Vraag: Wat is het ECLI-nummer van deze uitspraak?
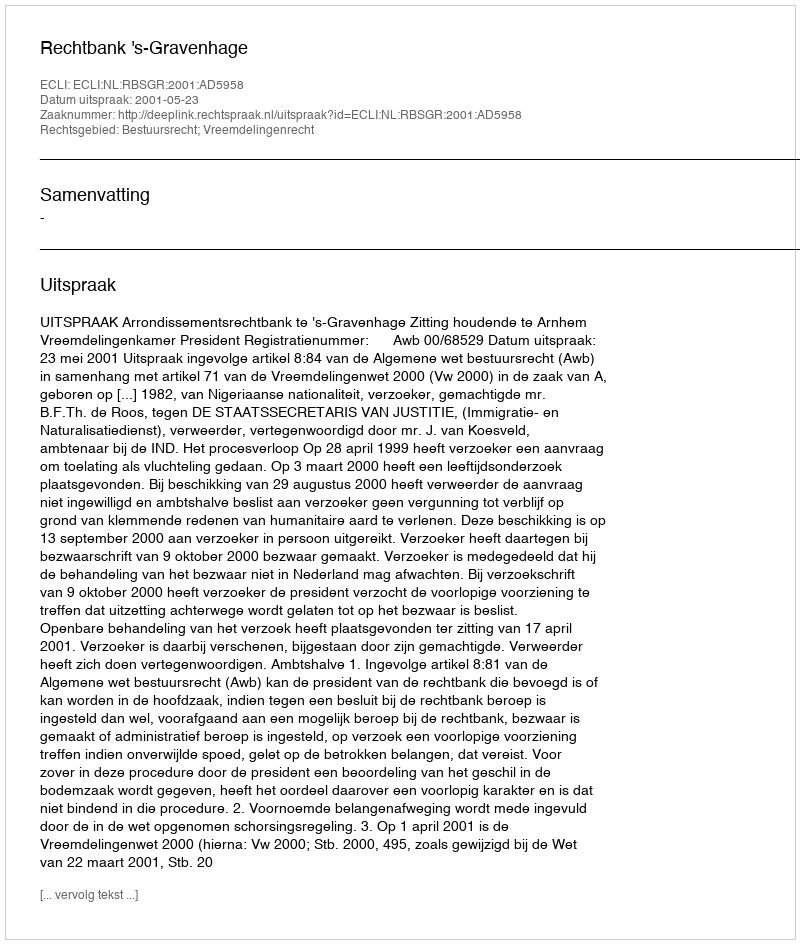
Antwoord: ECLI:NL:RBSGR:2001:AD5958